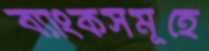
ব্যাংকসমূহে